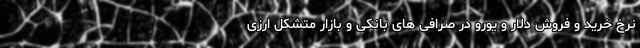
نرخ خرید و فروش دلار و یورو در صرافی های بانکی و بازار متشکل ارزی